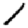
Digit: 1